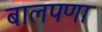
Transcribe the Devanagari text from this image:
बालपणा